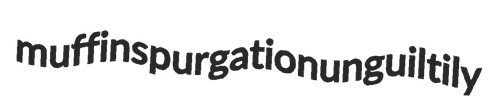
muffins purgation unguiltily